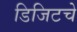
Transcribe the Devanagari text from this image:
डिजिटचे